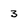
Character: 3